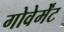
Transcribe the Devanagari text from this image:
गोवेर्मेंट